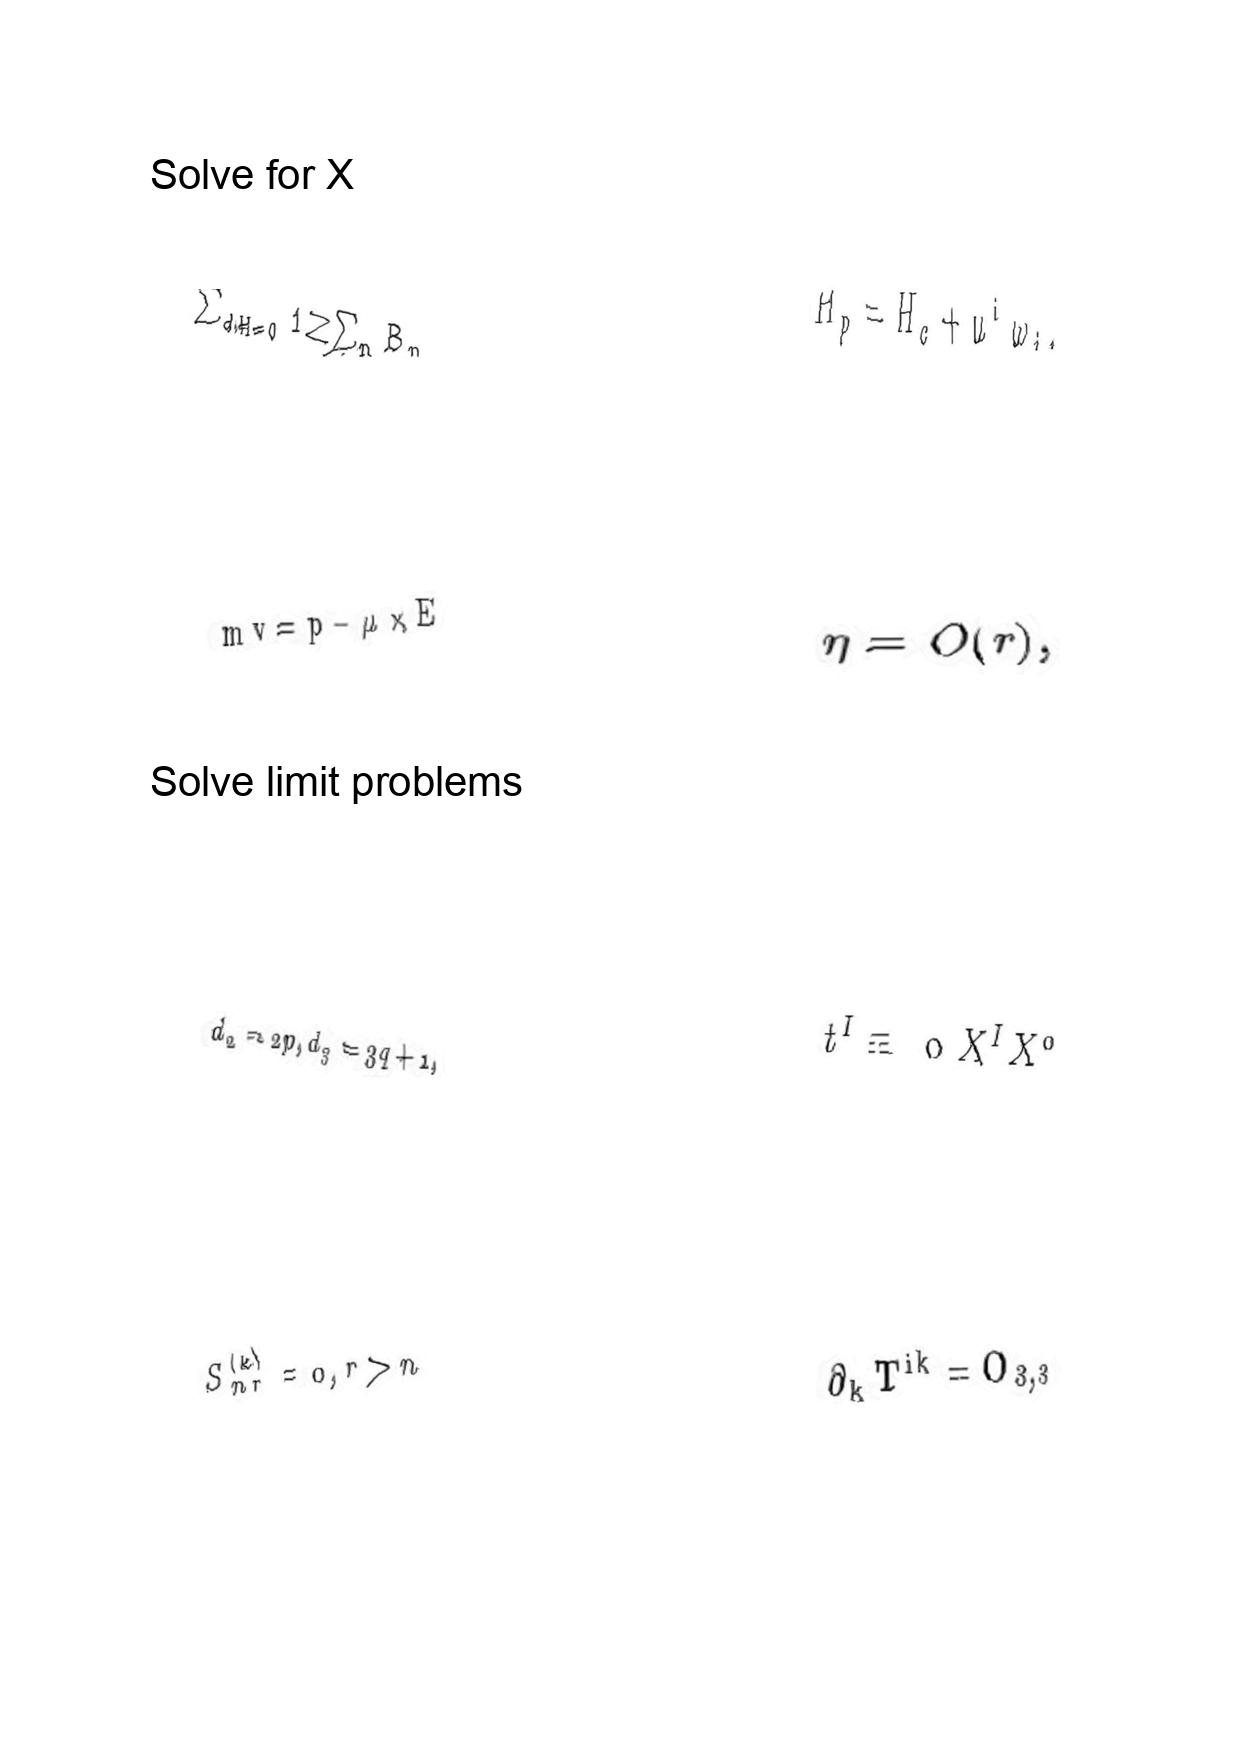
LaTeX transcription:
\sum _ { d H = 0 } 1 \geq \sum _ { n } B _ { n }
m v = p - \mu \times E
d _ { 2 } = 2 p , d _ { 3 } = 3 q + 1 ,
S _ { n r } ^ { \lparen k \rparen } = 0 , r \gt n
H _ { p } = H _ { c } + u ^ { i } \omega _ { i } ,
\eta = O \lparen r \rparen ,
t ^ { I } \equiv \text { \ o } X ^ { I } X ^ { 0 }
\partial _ { k } T ^ { i k } = O _ { 3 , 3 }